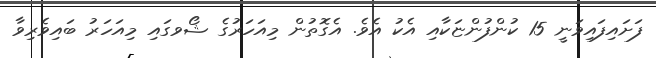
ފަށައިފައިވަނީ 15 ކުންފުންޏަކާއި އެކު އެވެ. އެގޮތުން މިއަހަރުގެ ޝޯވގައި މިއަހަރު ބައިވެރިވާ